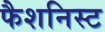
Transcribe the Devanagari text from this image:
फैशनिस्ट